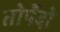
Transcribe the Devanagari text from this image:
तोर्पेदो